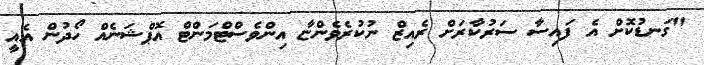
"ގަނޑުކޮށް އެ ފައިސާ ސަރުކާރަށް ރެއިޒް ނުކުރެވެންޏާ އިންވެސްޓްމަންޓް އޮޕްޝަނެއް ހޯދުން އެއީ